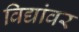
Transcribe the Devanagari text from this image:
विद्यांवर